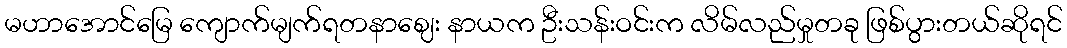
မဟာအောင်မြေ ကျောက်မျက်ရတနာဈေး နာယက ဦးသန်းဝင်းက လိမ်လည်မှုတခု ဖြစ်ပွားတယ်ဆိုရင်